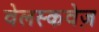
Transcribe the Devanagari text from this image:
वेलस्कवेज़